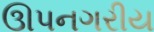
ઊપનગરીય